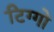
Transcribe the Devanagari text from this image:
टिग्गो